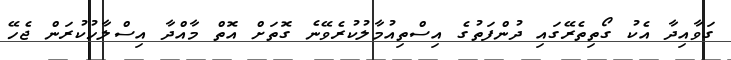
ގަވާއިދާ އެކު ގޯތިތެރޭގައި ދުންފަތުގެ އިސްތިއުމާލުކުރެވޭނެ ގޮތަށް އޮތް މާއްދާ އިސްލާހުކުރަން ޖެހޭ